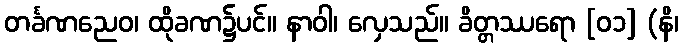
တင်္ခဏညေဝ၊ ထိုခဏ၌ပင်။ နာဝါ၊ လှေသည်။ ခိတ္တဿရော [၀၁] (နိ၊